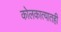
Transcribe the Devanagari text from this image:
कोलकात्यातही